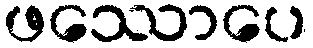
ဖဿောပေ